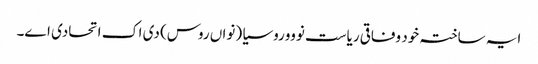
ایہ ساختہ خود وفاقی ریاست نوووروسیا (نواں روس) دی اک اتحادی اے۔